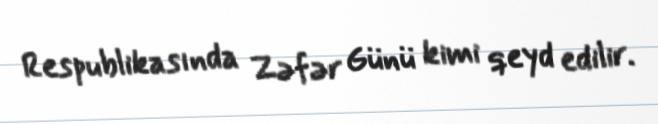
Respublikasında Zəfər Günü kimi qeyd edilir.